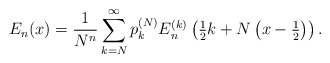
\begin{align*}E_{n}(x) = \frac{1}{N^{n}} \sum_{k=N}^{\infty} p_{k}^{(N)} E_{n}^{(k)} \left( \tfrac{1}{2}k + N \left( x - \tfrac{1}{2} \right) \right).\end{align*}